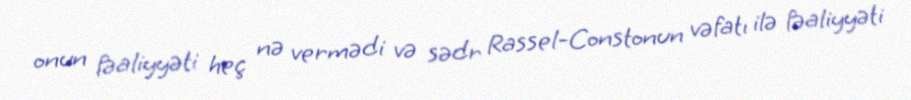
onun fəaliyyəti heç nə vermədi və sədr Rassel-Constonun vəfatı ilə fəaliyyəti